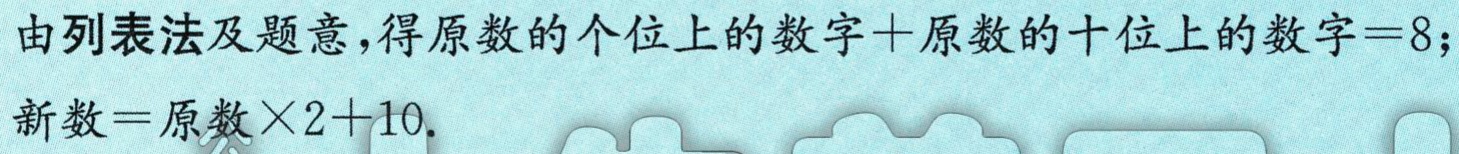
由列表法及题意，得原数的个位上的数字+原数的十位上的数字=8；

新数=原数×2+10.